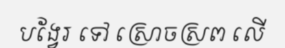
បង្វែរ ទៅ ស្រោចស្រព លើ